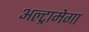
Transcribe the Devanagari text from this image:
अल्ट्रामेगा